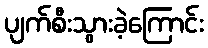
ပျက်စီးသွားခဲ့ကြောင်း